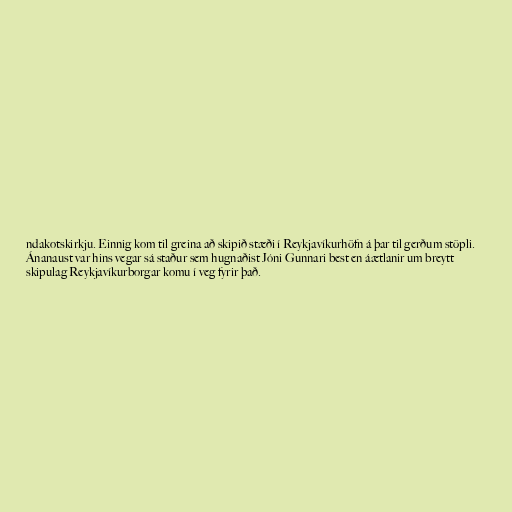
ndakotskirkju. Einnig kom til greina að skipið stæði í Reykjavíkurhöfn á þar til gerðum stöpli.
Ánanaust var hins vegar sá staður sem hugnaðist Jóni Gunnari best en áætlanir um breytt
skipulag Reykjavíkurborgar komu í veg fyrir það.